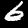
Label: 6